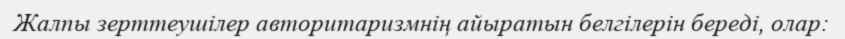
Жалпы зерттеушілер авторитаризмнің айыратын белгілерін береді, олар: